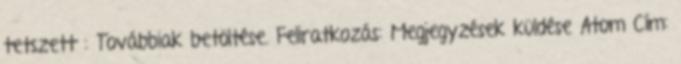
tetszett : Továbbiak betöltése. Feliratkozás: Megjegyzések küldése Atom Cím: